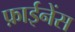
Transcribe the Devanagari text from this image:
फ़ाईनेंस